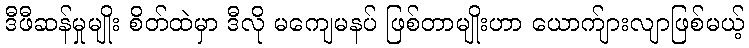
ဒီဖီဆန်မှုမျိုး စိတ်ထဲမှာ ဒီလို မကျေမနပ် ဖြစ်တာမျိုးဟာ ယောက်ျားလျာဖြစ်မယ့်